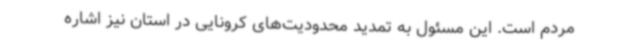
مردم است. این مسئول به تمدید محدودیت‌های کرونایی در استان نیز اشاره